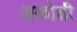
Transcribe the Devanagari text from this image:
अकोढी